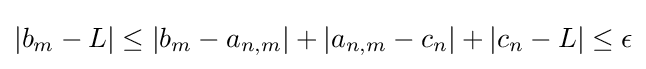
\left|b_{m}-L\right|\leq \left|b_{m}-a_{n,m}\right|+\left|a_{n,m}-c_{n}\right|+\left|c_{n}-L\right|\leq \epsilon